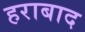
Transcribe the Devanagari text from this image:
हराबाद